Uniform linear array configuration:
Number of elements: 16
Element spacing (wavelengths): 0.25
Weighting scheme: kaiser
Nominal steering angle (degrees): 15
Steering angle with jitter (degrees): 14.926
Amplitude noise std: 0.05
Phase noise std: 0.05

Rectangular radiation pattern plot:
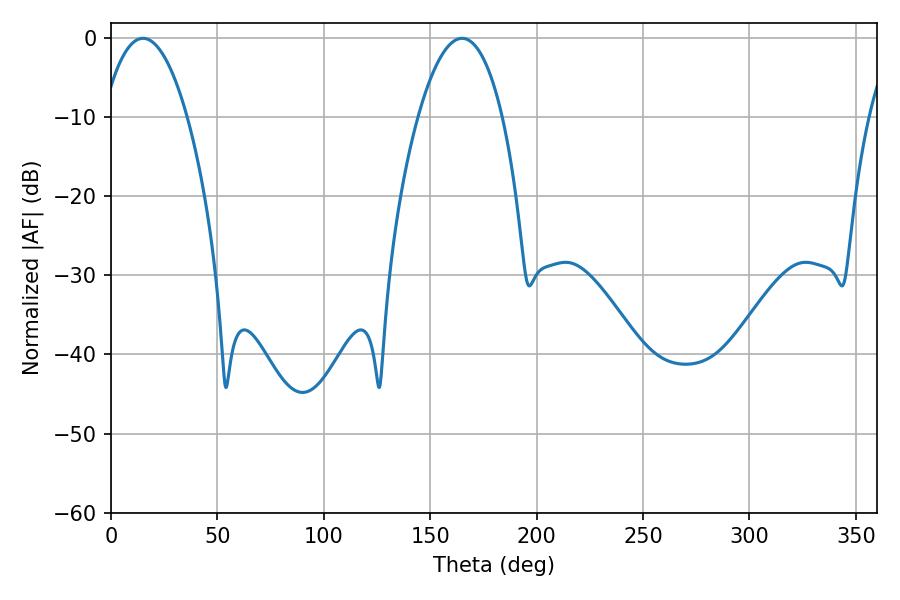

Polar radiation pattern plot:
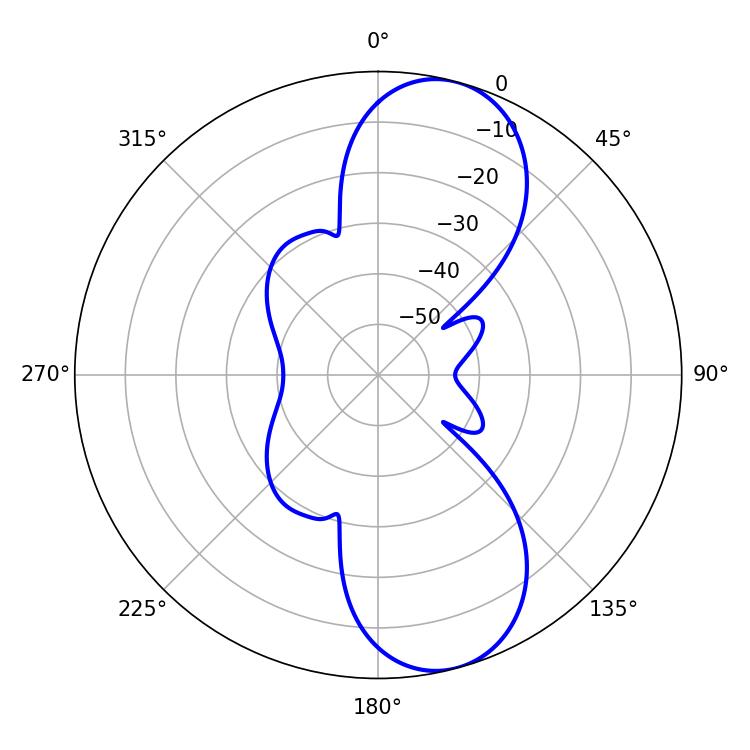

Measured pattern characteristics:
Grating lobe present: FALSE
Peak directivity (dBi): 9.663
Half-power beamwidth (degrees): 21.96
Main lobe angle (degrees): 15.12